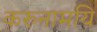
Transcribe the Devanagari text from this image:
करुनामयि